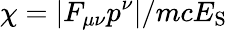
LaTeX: \chi=|F_{\mu\nu}p^{\nu}|/mcE_{\mathrm{S}}